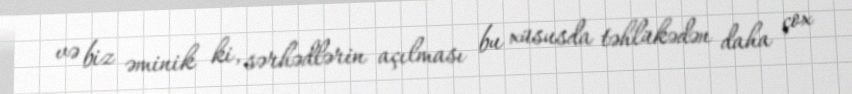
və biz əminik ki, sərhədlərin açılması bu xüsusda təhlükədən daha çox